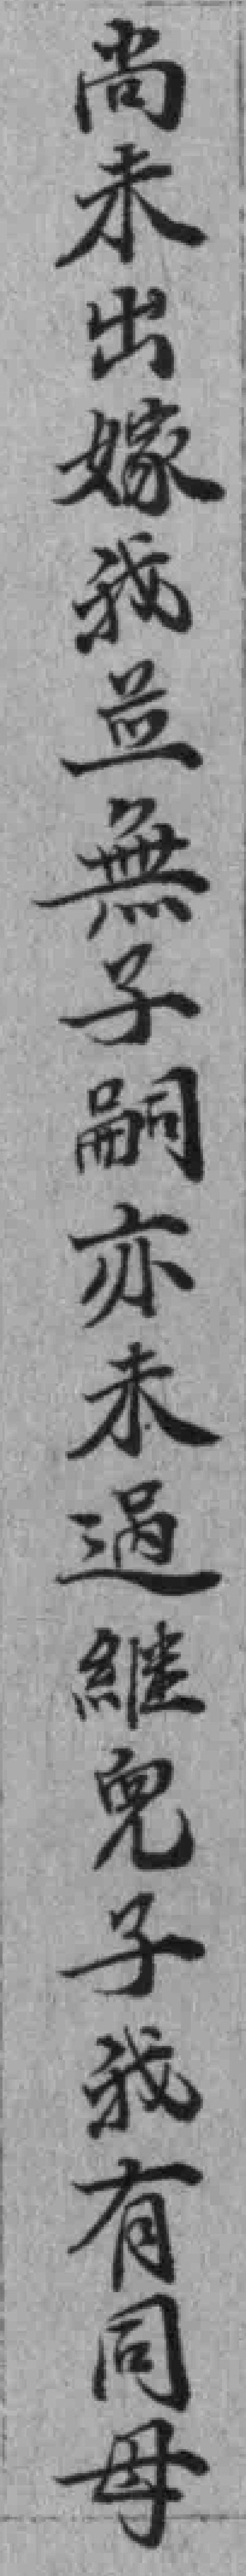
尚未出嫁我並無子嗣亦未過繼兒子我有同母